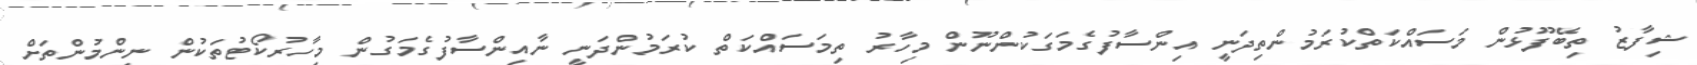
ޝިފާޒު ތިބޭފޫޅުން މަސައްްކަތްކުރަމުންތިދަނީ އިންސާފުގެމަގަކުންނޫން މިހާރު ތިމަސައްކަތް ކުރަމުންދަނީ ނާއިންސާފުގެމަގުން މިހާރުކޯޓުތަކުން ނިންމުންތަށް